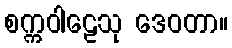
စက္ကဝါဠေသု ဒေဝတာ။